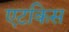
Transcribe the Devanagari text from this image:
एटकिस